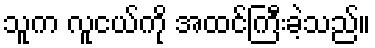
သူက လူငယ်ကို အထင်ကြီးခဲ့သည်။